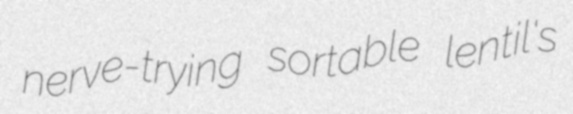
nerve-trying sortable lentil's